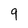
Character: 9